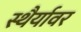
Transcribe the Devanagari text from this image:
स्थैर्यावर